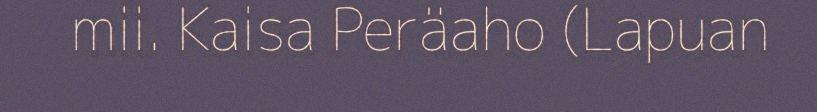
mii. Kaisa Peräaho (Lapuan